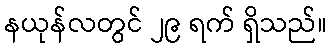
နယုန်လတွင် ၂၉ ရက် ရှိသည်။